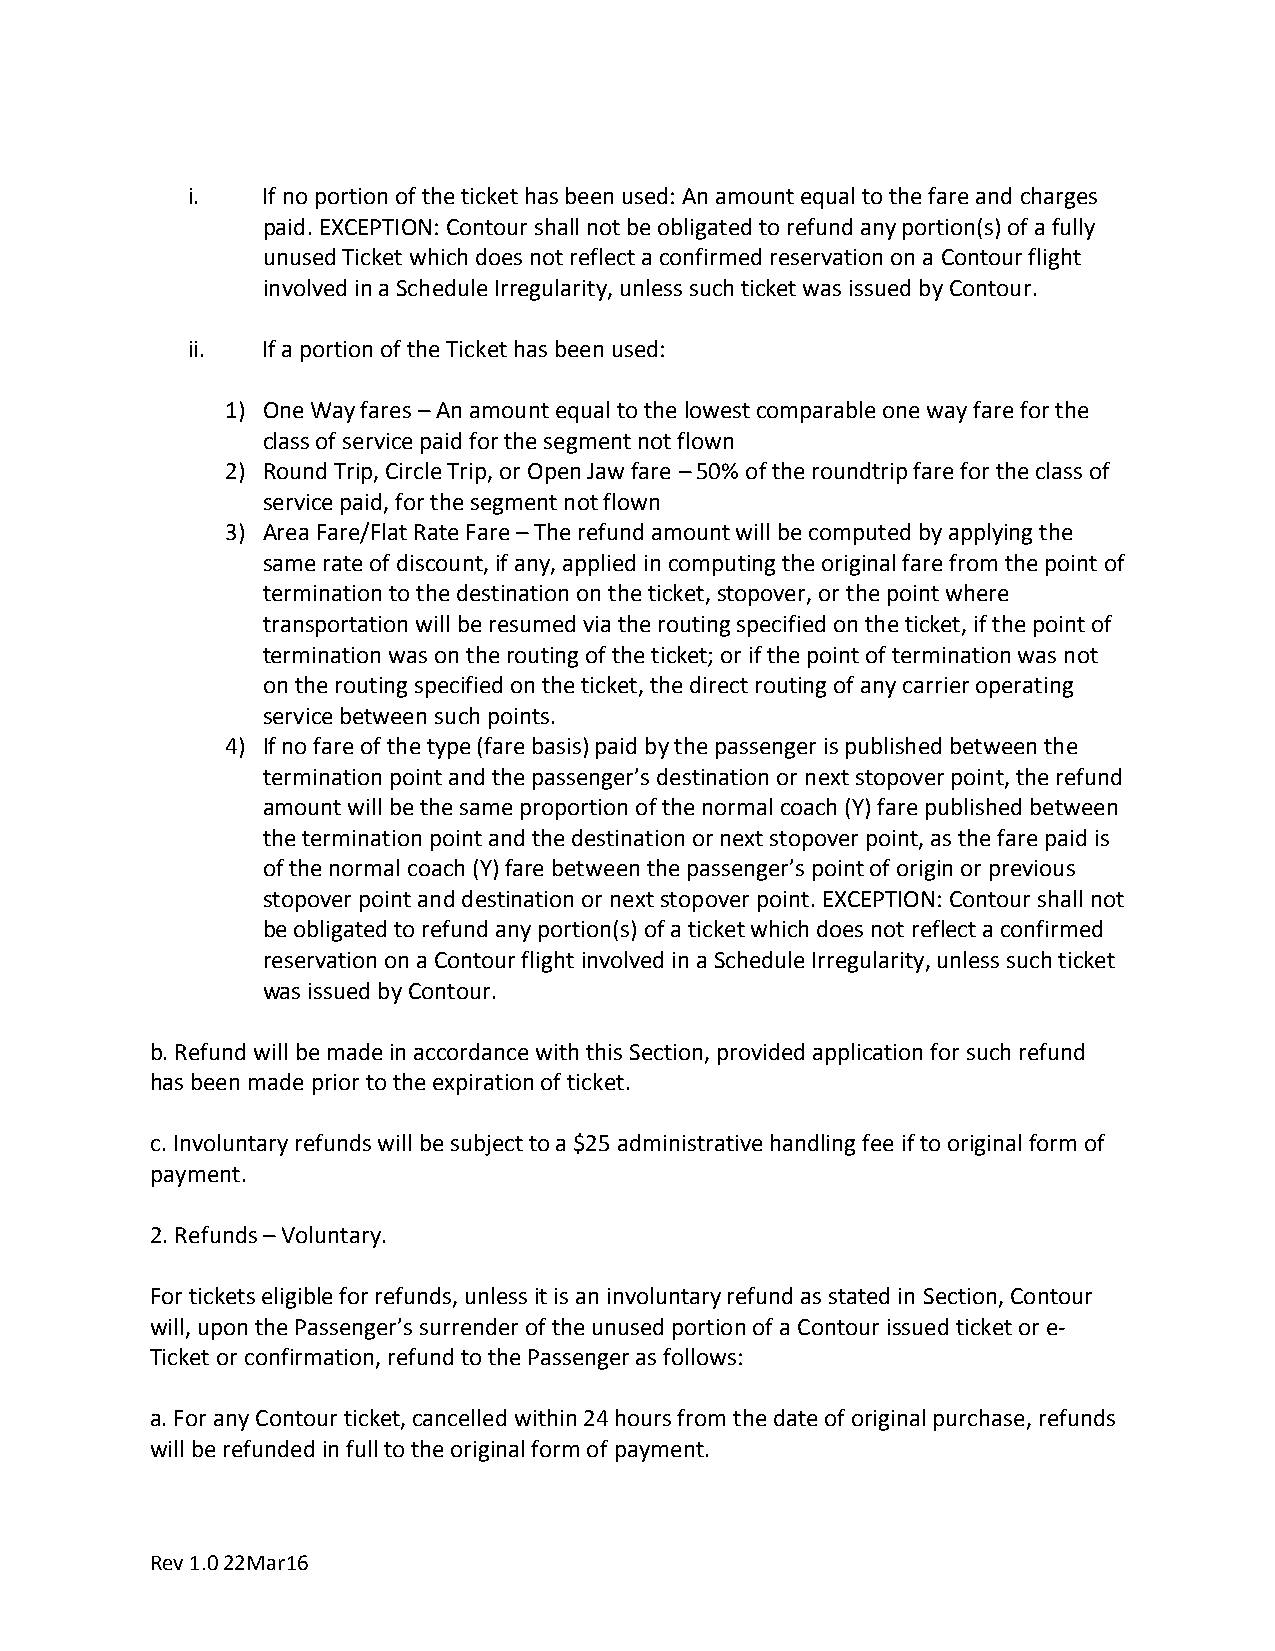
i.   If no portion of the ticket has been used: An amount equal to the fare and charges
 paid. EXCEPTION: Contour shall not be obligated to refund any portion(s) of a fully
 unused Ticket which does not reflect a confirmed reservation on a Contour flight
 involved in a Schedule Irregularity, unless such ticket was issued by Contour.
 ii.  If a portion of the Ticket has been used:
 1) One Way fares – An amount equal to the lowest comparable one way fare for the
 class of service paid for the segment not flown
 2) Round Trip, Circle Trip, or Open Jaw fare – 50% of the roundtrip fare for the class of
 service paid, for the segment not flown
 3) Area Fare/Flat Rate Fare – The refund amount will be computed by applying the
 same rate of discount, if any, applied in computing the original fare from the point of
 termination to the destination on the ticket, stopover, or the point where
 transportation will be resumed via the routing specified on the ticket, if the point of
 termination was on the routing of the ticket; or if the point of termination was not
 on the routing specified on the ticket, the direct routing of any carrier operating
 service between such points.
 4) If no fare of the type (fare basis) paid by the passenger is published between the
 termination point and the passenger’s destination or next stopover point, the refund
 amount will be the same proportion of the normal coach (Y) fare published between
 the termination point and the destination or next stopover point, as the fare paid is
 of the normal coach (Y) fare between the passenger’s point of origin or previous
 stopover point and destination or next stopover point. EXCEPTION: Contour shall not
 be obligated to refund any portion(s) of a ticket which does not reflect a confirmed
 reservation on a Contour flight involved in a Schedule Irregularity, unless such ticket
 was issued by Contour.
 b.Refund will be made in accordance with this Section, provided application for such refund
 has been made prior to the expiration of ticket.
 c.Involuntary refunds will be subject to a $25 administrative handling fee if to original form of
 payment.
 2.Refunds – Voluntary.
 For tickets eligible for refunds, unless it is an involuntary refund as stated in Section, Contour
 will, upon the Passenger’s surrender of the unused portion of a Contour issued ticket or e‐
 Ticket or confirmation, refund to the Passenger as follows:
 a.For any Contour ticket, cancelled within 24 hours from the date of original purchase, refunds
 will be refunded in full to the original form of payment.
 Rev 1.0 22Mar16